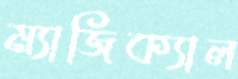
ম্যাজিক্যাল